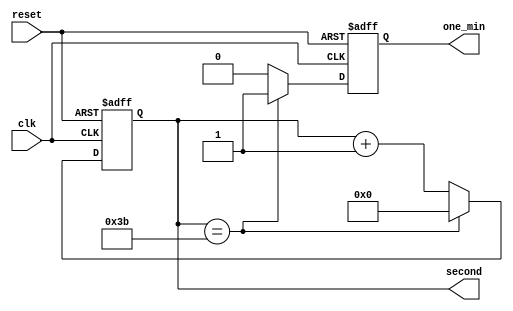
module SecondCounter(
    input clk,    // Clock input (assumed to be 1Hz for simplicity)
    input reset,  // Reset input, to reset the counter to 0
    output reg [5:0] second ,  // 6-bit output for the seconds value
	 output reg one_min =0// Output that indicates a minute has passed
);


always @(posedge clk or negedge reset) begin
    if (~reset) begin
        // Reset the counter to 0 if reset signal is high
        second <= 0;
		  one_min <= 0;
    end else begin
        // Increment the counter each second, reset to 0 after reaching 59
        if (second == 59) begin
            second <= 0;
				one_min <=1;
        end else begin
            second <= second + 1;
				one_min <=0;
        end
    end
end

endmodule